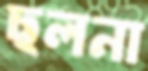
ছলনা